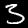
Digit: 3